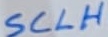
Text: SCLH